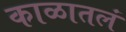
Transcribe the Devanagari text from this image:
काळातलं